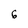
Character: 6